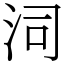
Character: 泀